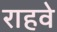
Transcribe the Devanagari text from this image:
राहवे